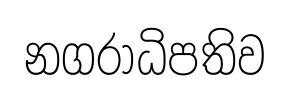
නගරාධිපතිව